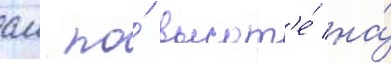
см по́ высот'е́ на́